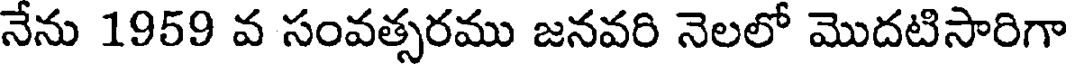
నేను 1959 వ సంవత్సరము జనవరి నెలలో మొదటిసారిగా